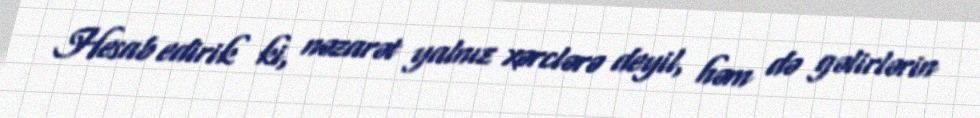
Hesab edirik ki, nəzarət yalnız xərclərə deyil, həm də gəlirlərin